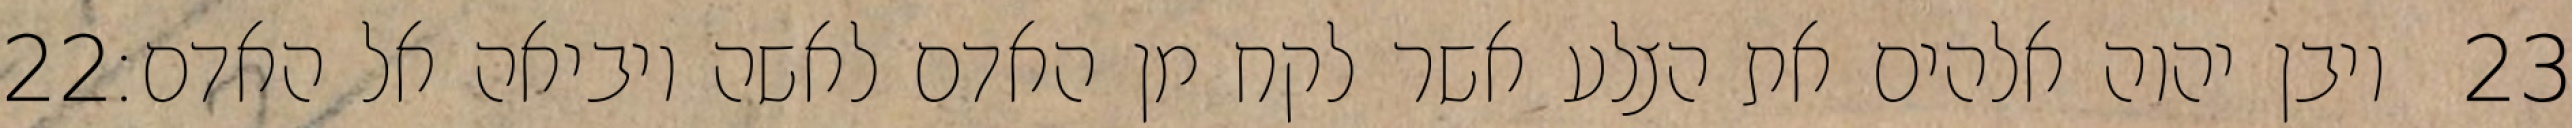
‎22‏ ויבן יהוה אלהים את הצלע אשר לקח מן האדם לאשה ויביאה אל האדם׃ ‎23‏